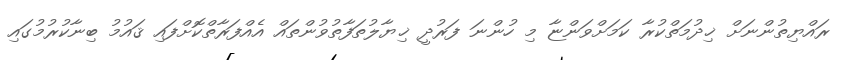
ރައްޔިތުންނަށް ޚިދުމަތްކުރާ ކަމަށްވަންޏާ މި ހުންނަ ފަރުދީ ޚިޔާލުތަފާތުވުންތައް އެއްފަރާތްކޮށްފައި ޤައުމު ބިނާކުރުމުގައި